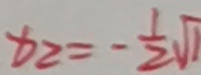
x _ { 2 } = - \frac { 1 } { 2 } \sqrt { 1 }